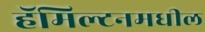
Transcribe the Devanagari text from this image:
हॅमिल्टनमधील